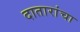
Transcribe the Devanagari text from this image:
दातारांचा